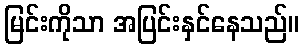
မြင်းကိုသာ အပြင်းနှင်နေသည်။